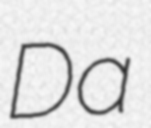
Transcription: Da